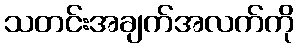
သတင်းအချက်အလက်ကို